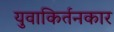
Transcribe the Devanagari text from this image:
युवाकिर्तनकार